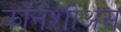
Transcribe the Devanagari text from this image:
कॉनशीअस